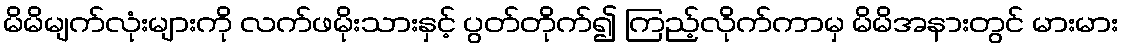
မိမိမျက်လုံးများကို လက်ဖမိုးသားနှင့် ပွတ်တိုက်၍ ကြည့်လိုက်ကာမှ မိမိအနားတွင် မားမား